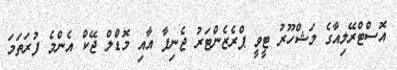
އޮސްޓްރޭލިއާގެ މަޝްހޫރު ޓީވީ ޕްރެޒެންޓަރު ޖެނިފާ އާއި މޮޑްލް ޖޭކް އެންމެ ފުރަތަމަ